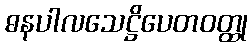
ဓနပါလသေဋ္ဌိပေတဝတ္ထု